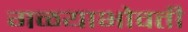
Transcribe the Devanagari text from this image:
गळयाभोवती